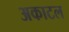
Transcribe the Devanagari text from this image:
अकाटल